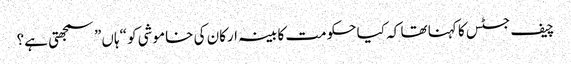
چیف جسٹس کا کہنا تھا کہ کیا حکومت کابینہ ارکان کی خاموشی کو “ہاں” سمجھتی ہے؟